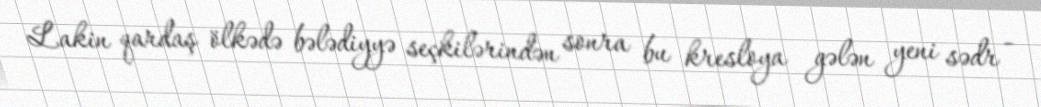
Lakin qardaş ölkədə bələdiyyə seçkilərindən sonra bu kresloya gələn yeni sədr -